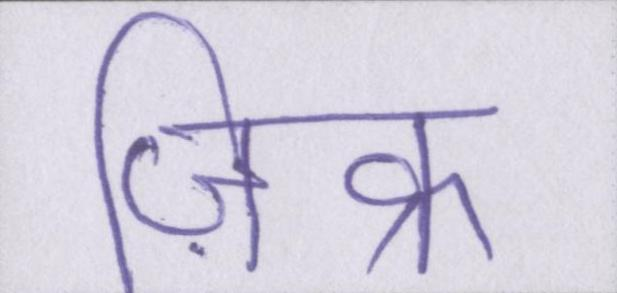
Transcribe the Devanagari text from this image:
ज़िक्र